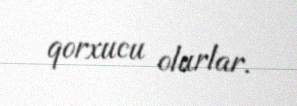
qorxucu olurlar.